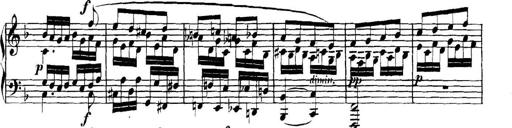
Title: Collected Piano Sonatas
Composer: Muzio Clementi